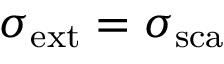
{ \sigma } _ { \mathrm { { e x t } } } = { \sigma } _ { \mathrm { { s c a } } }